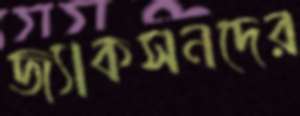
জ্যাকসনদের